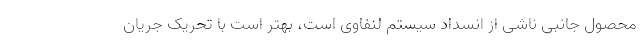
محصول جانبی ناشی از انسداد سیستم لنفاوی است، بهتر است با تحریک جریان